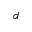
d